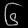
Digit: ၆